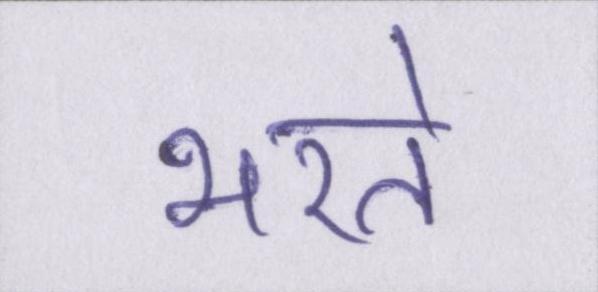
भरते